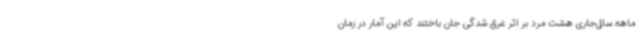
ماهه سال‌جاری هشت مرد بر اثر غرق شدگی جان باختند که این آمار در زمان